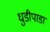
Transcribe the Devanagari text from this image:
धुडीपाडा